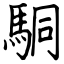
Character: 駧